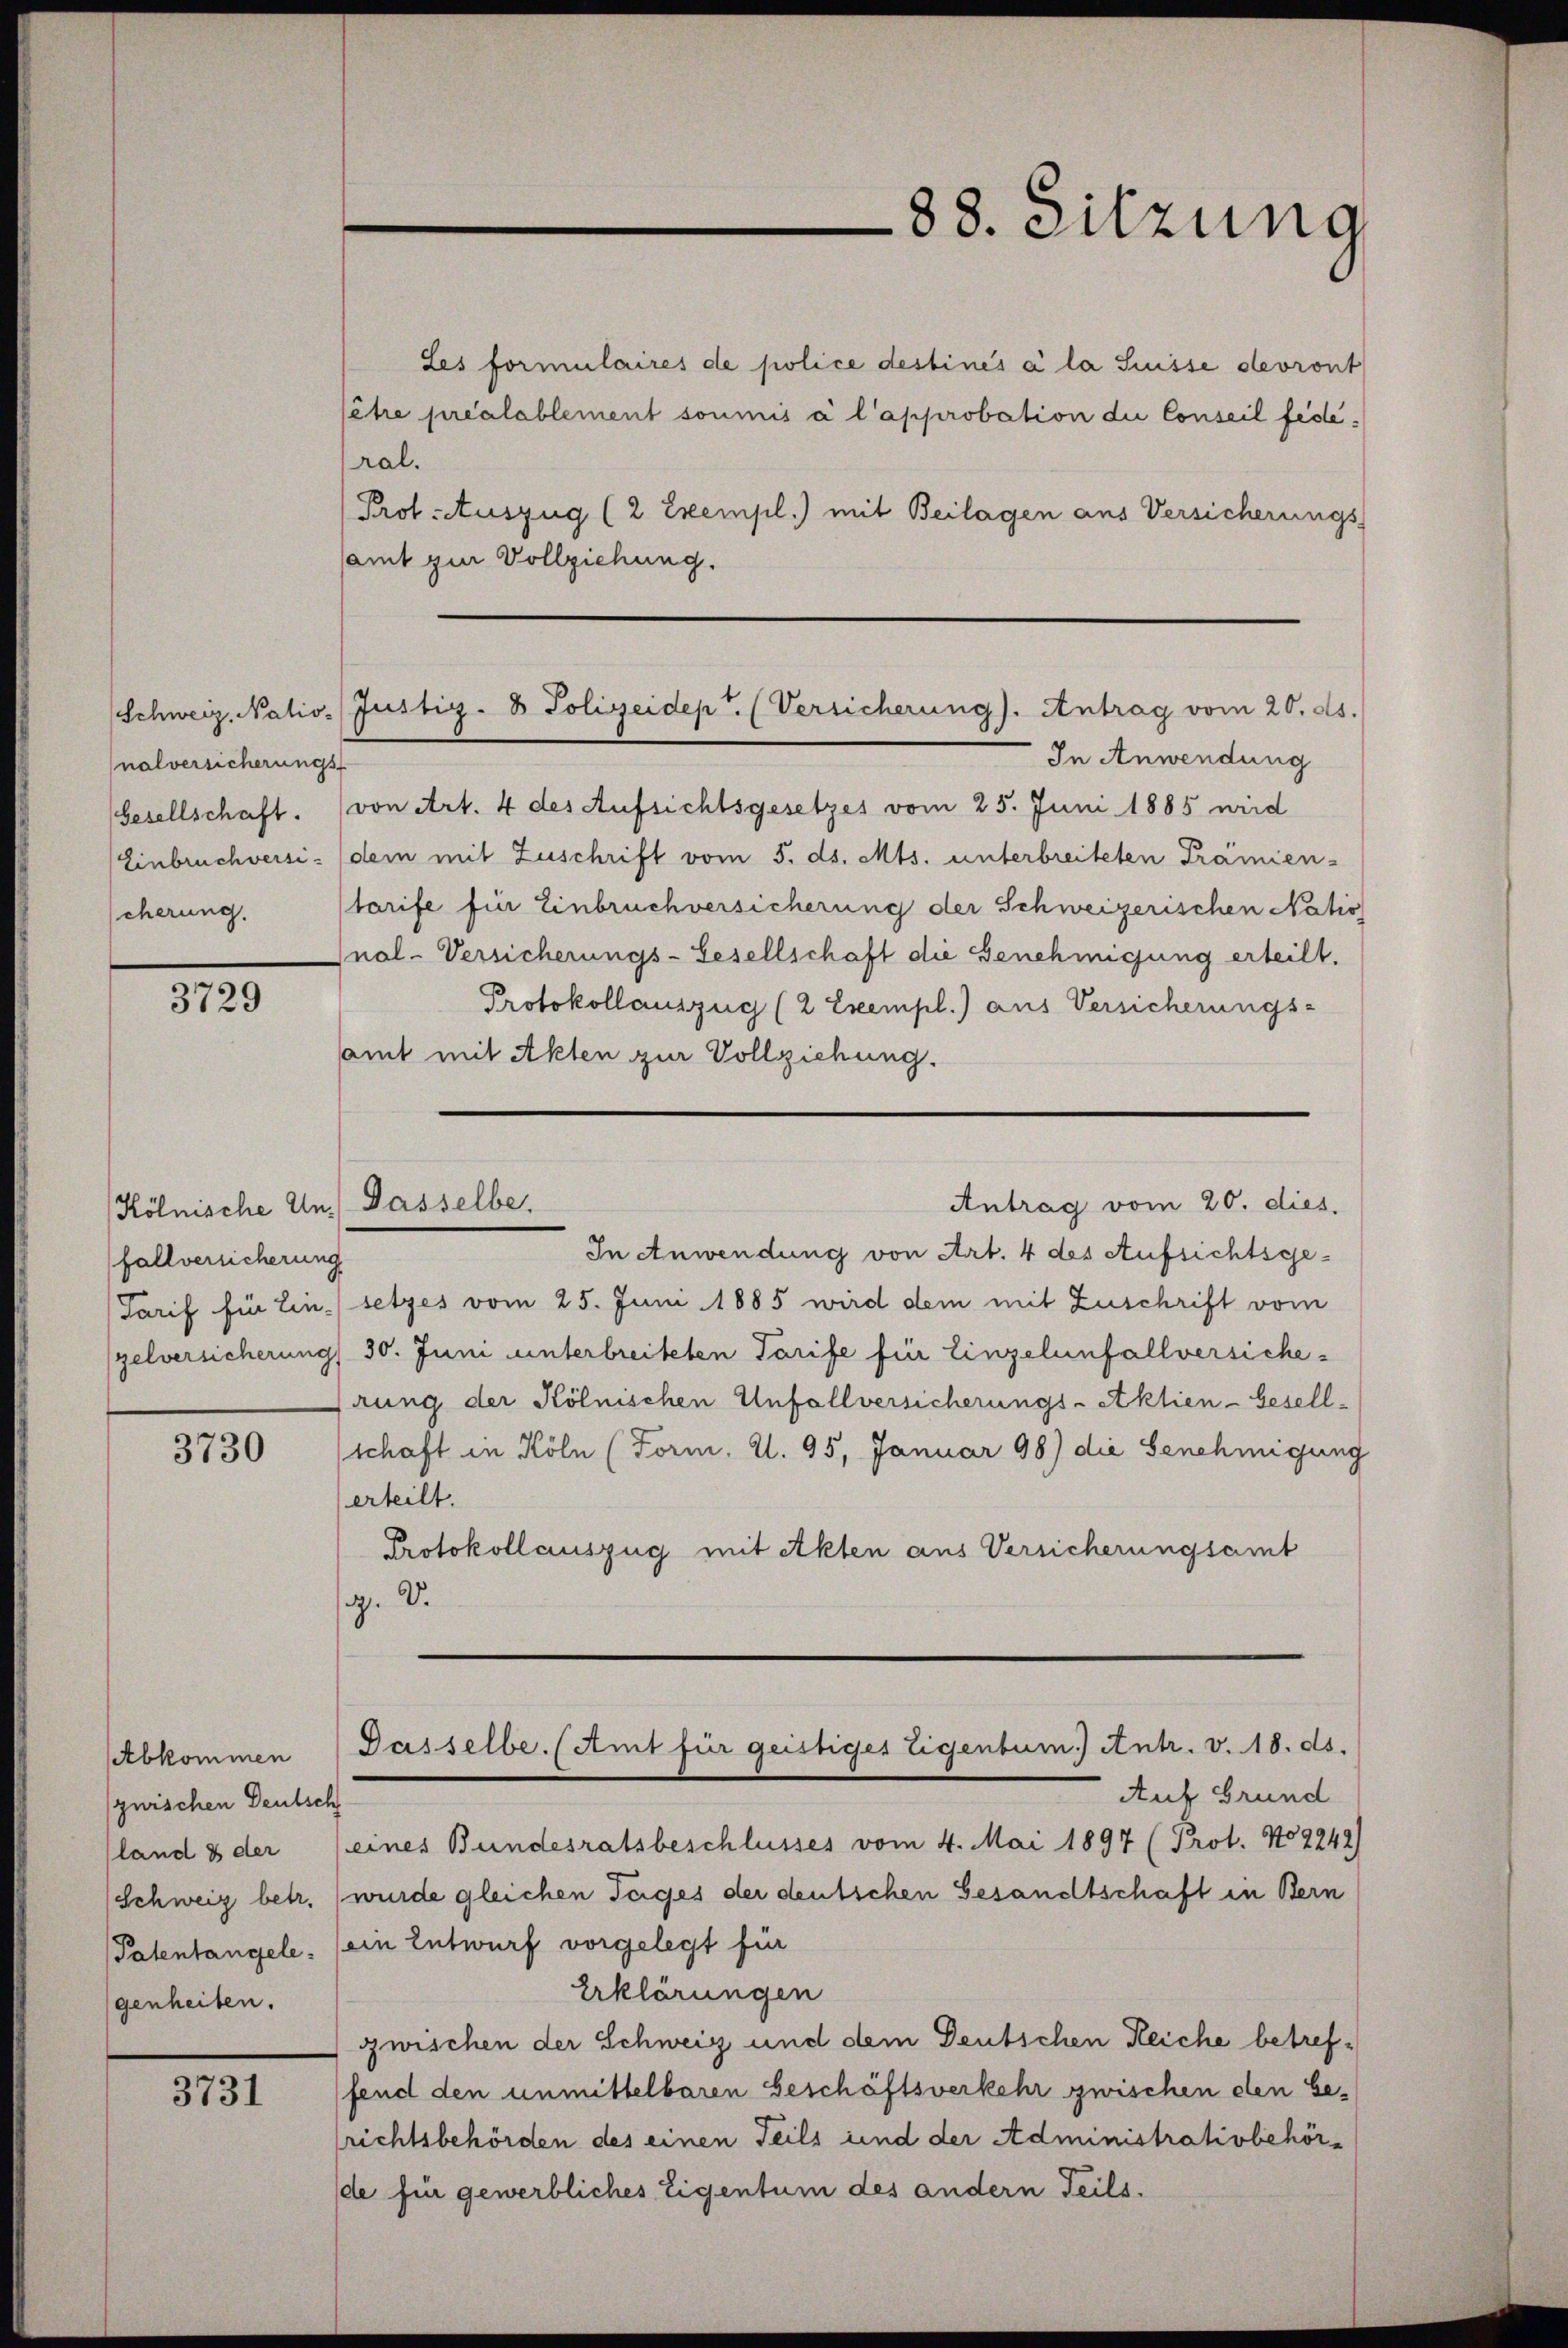
nalversicherungs

3729

fallversicherung

3730

Abkommen
zwischen Deutsch
land & der
(Schweiz betr.
genheiten.

3731

Les formulaires de police destinés à la Suisse devront
sêtre préalablement soumis à l’approbation die Conseil fédéral.
Prof. Auszug (2 Exempl.) mit Beilagen aus Versicherungs-
samt zur Vollziehung.

88. Sitzung

Schweiz. Natio. Justiz- & Polizeidep. (Versicherung). Antrag vom 20. ds.

In Anwendung
Gesellschaft. (von Art. 4 des Aufsichtsgesetzes vom 25. Juni 1885 wird
Einbruchversi- dem mit Zuschrift vom 5. ds. Mts. unterbreiteten Tramien-
scherung. Starife für Einbruchversicherung der Schweizerischen Natio
nal-Versicherungs-Gesellschaft die Genehmigung erteilt.
Protokollauszug (2 Exempl.) aus Versicherungs-
samt mit Akten zur Vollziehung.

Antrag vom 20. dies.
Kölnische Un- Passelbe.

Passelbe. (Amt für geistiges Eigentum.) Antr. v. 18. ds.

In Anwendung von Art. 4 des Aufsichtsge¬
Tarif für Ein setzes vom 25. Juni 1885 wird dem mit Zuschrift vom
zelversicherung 30. Juni unterbreiteten Tarife für Einzelunfallversicherung der Kölnischen Unfallversicherungs-Aktien-Gesellschaft in Köln (Form. d. 95, Januar 98) die Genehmigung
erteilt.
Protokollauszug mit Akten aus Versicherungsamt
g. d.

Auf Grund
eines Bundesratsbeschlusses vom 4. Mai 1897 (Prot. No 2242)
wurde gleichen Tages der deutschen Gesandtschaft in Bern
Patentangele. (ein Entwurf vorgelegt für
Erklärungen
zwischen der Schweiz und dem Deutschen Reiche betreffend den unmittelbaren Geschäftsverkehr zwischen den besrichtsbehörden des einen Teils und der Administrativbehörde für gewerbliches Eigentum des andern Teils.